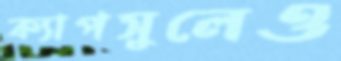
ক্যাপসুলেও